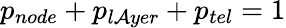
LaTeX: p_{node}+p_{l\mathcal{A}yer}+p_{tel}=1